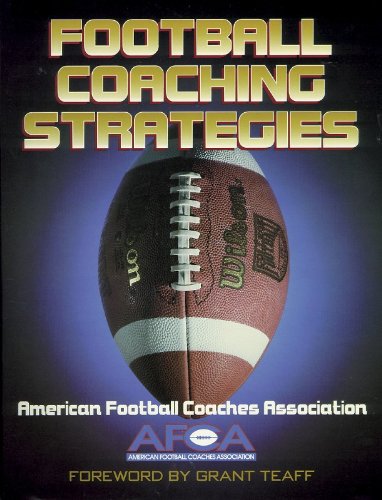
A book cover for Football Coaching Strategies; American Football Coaches Association; Sports & Outdoors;